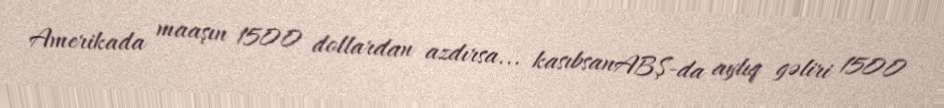
Amerikada maaşın 1500 dollardan azdırsa... kasıbsanABŞ-da aylıq gəliri 1500